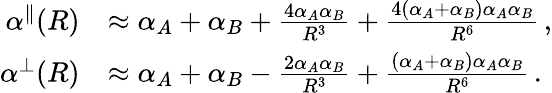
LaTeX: \begin{array}{rl}{\alpha^{\parallel}(R)}&{\approx\alpha_{A}+\alpha_{B}+\frac{4\alpha_{A}\alpha_{B}}{R^{3}}+\frac{4(\alpha_{A}+\alpha_{B})\alpha_{A}\alpha_{B}}{R^{6}}\, ,}\\ {\alpha^{\perp}(R)}&{\approx\alpha_{A}+\alpha_{B}-\frac{2\alpha_{A}\alpha_{B}}{R^{3}}+\frac{(\alpha_{A}+\alpha_{B})\alpha_{A}\alpha_{B}}{R^{6}}\, .}\end{array}